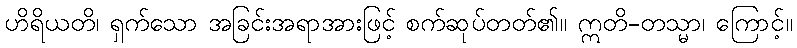
ဟိရိယတိ၊ ရှက်သော အခြင်းအရာအားဖြင့် စက်ဆုပ်တတ်၏။ ဣတိ-တသ္မာ၊ ကြောင့်။